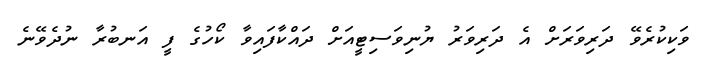
ވަކިކުރެވޭ ދަރިވަރަށް އެ ދަރިވަރު ޔުނިވަސިޓީއަށް ދައްކާފައިވާ ކޯހުގެ ފީ އަނބުރާ ނުދެވޭނެ